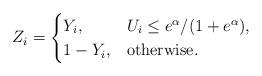
LaTeX: \begin{align*} Z_i = \begin{cases} Y_i, & U_i \leq e^{\alpha}/(1 + e^{\alpha}), \\ 1 - Y_i, & \mbox{otherwise}. \end{cases} \end{align*}